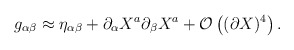
\begin{align*}g_{\alpha \beta} \approx \eta_{\alpha \beta} + \partial_\alpha X^a\partial_\beta X^a+{\cal O} \left((\partial X)^4 \right).\end{align*}